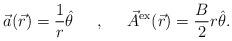
LaTeX: \begin{align*}\vec{a}(\vec{r}) = \frac{1}{r} \hat{\theta} \;\;\;\;\; ,\;\;\;\;\; \vec{A}^{\rm ex}(\vec{r}) = \frac{B}{2} r \hat{\theta}.\end{align*}